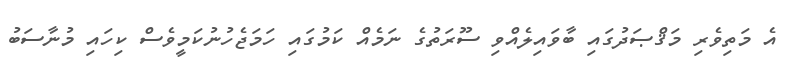
އެ މަތިވެރި މަޤްޞަދުގައި ބާވައިލެއްވި ސޫރަތުގެ ނަމެއް ކަމުގައި ހަމަޖެހުނުކަމީވެސް ކިހައި މުނާސަބު